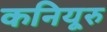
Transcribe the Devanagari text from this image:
कनियूरु